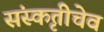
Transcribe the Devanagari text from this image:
संस्कृतीचेव